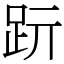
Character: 䟚